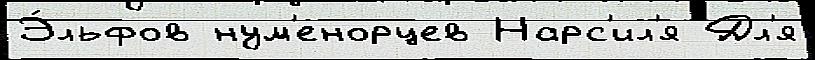
Э́льфов нум'енорцев Нарс'ил'я Дл'я